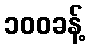
၁၀၀ခန့်